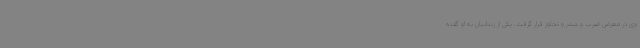
وی در معرض ضرب و شتم و تجاوز قرار گرفت. یکی از زندانیان به او گفته